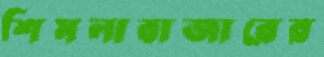
শিমলাবাজারের